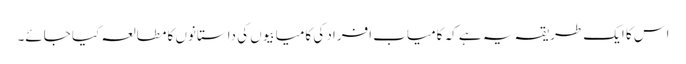
اس کا ایک طریقہ یہ ہے کہ کامیاب افراد کی کامیابیوں کی داستانوں کا مطالعہ کیا جائے۔